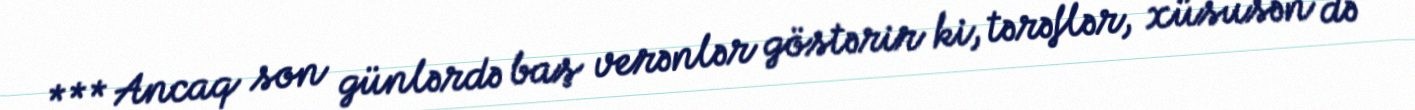
*** Ancaq son günlərdə baş verənlər göstərir ki, tərəflər, xüsusən də